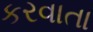
કરવાતા